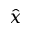
\hat { x }